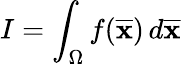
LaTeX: I=\int_{\Omega}f({\overline{{\mathbf{x}}}})\, d{\overline{{\mathbf{x}}}}